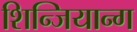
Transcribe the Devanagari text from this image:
शिन्जियान्ग